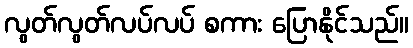
လွတ်လွတ်လပ်လပ် စကား ပြောနိုင်သည်။